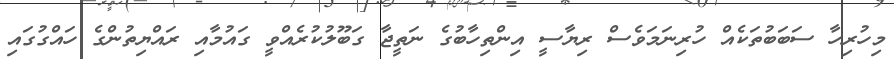
މިހުރިހާ ސަބަބުތަކެއް ހުރިނަމަވެސް ރިޔާސީ އިންތިހާބުގެ ނަތީޖާ ގަބޫލުކުރެއްވީ ގައުމާއި ރައްޔިތުންގެ ހައްގުގައި